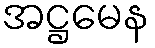
အဋ္ဌမေန